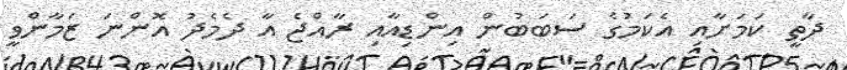
ދާތީ ކަމަށާއި އެކަމުގެ ސަބަބުން އިންޑިއާއި ރާއްޖެ އާ ދެމެދު އޮންނަ ޒަމާންވީ